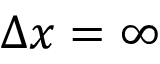
\Delta x = \infty